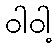
ဝါဝါ့